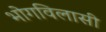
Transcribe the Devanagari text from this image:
भोगविलासी